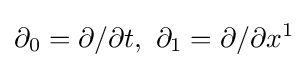
\partial _{0}=\partial /\partial t,\ \partial _{1}=\partial /\partial x^{1}